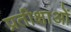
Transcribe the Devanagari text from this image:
प्रतीक्षाओं